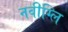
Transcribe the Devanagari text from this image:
नवीग्लि